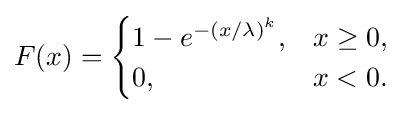
F(x)={\begin{cases}1-e^{-(x/\lambda )^{k}},&x\geq 0,\\0,&x<0.\end{cases}}